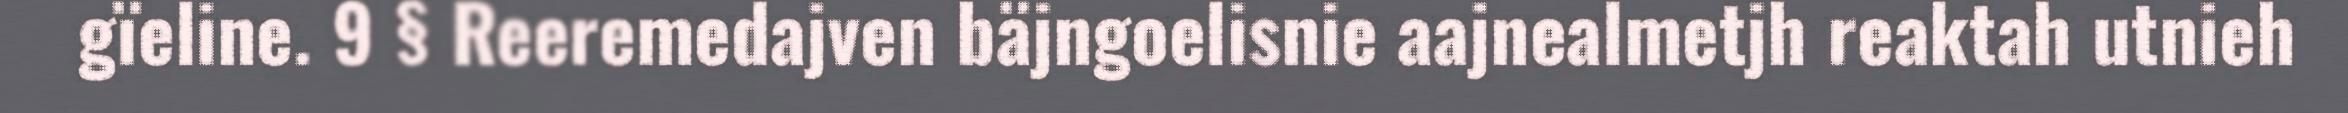
gïeline. 9 § Reeremedajven bäjngoelisnie aajnealmetjh reaktah utnieh